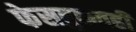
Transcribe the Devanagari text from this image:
फेसबुकवही